Indian journal of veterinary science and animal husbandry - Volume 5,
Year: 1935
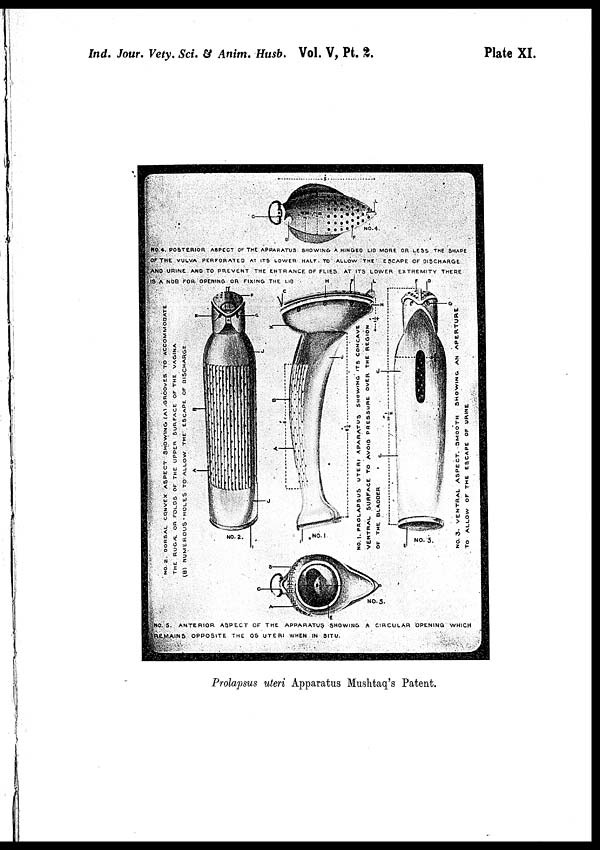
Ind. Jour. Vety. Sci. & Anim. Husb. Vol. V, Pt.
2.
Plate XI.
Prolapsus uteri Apparatus Mushtaq's Patent.